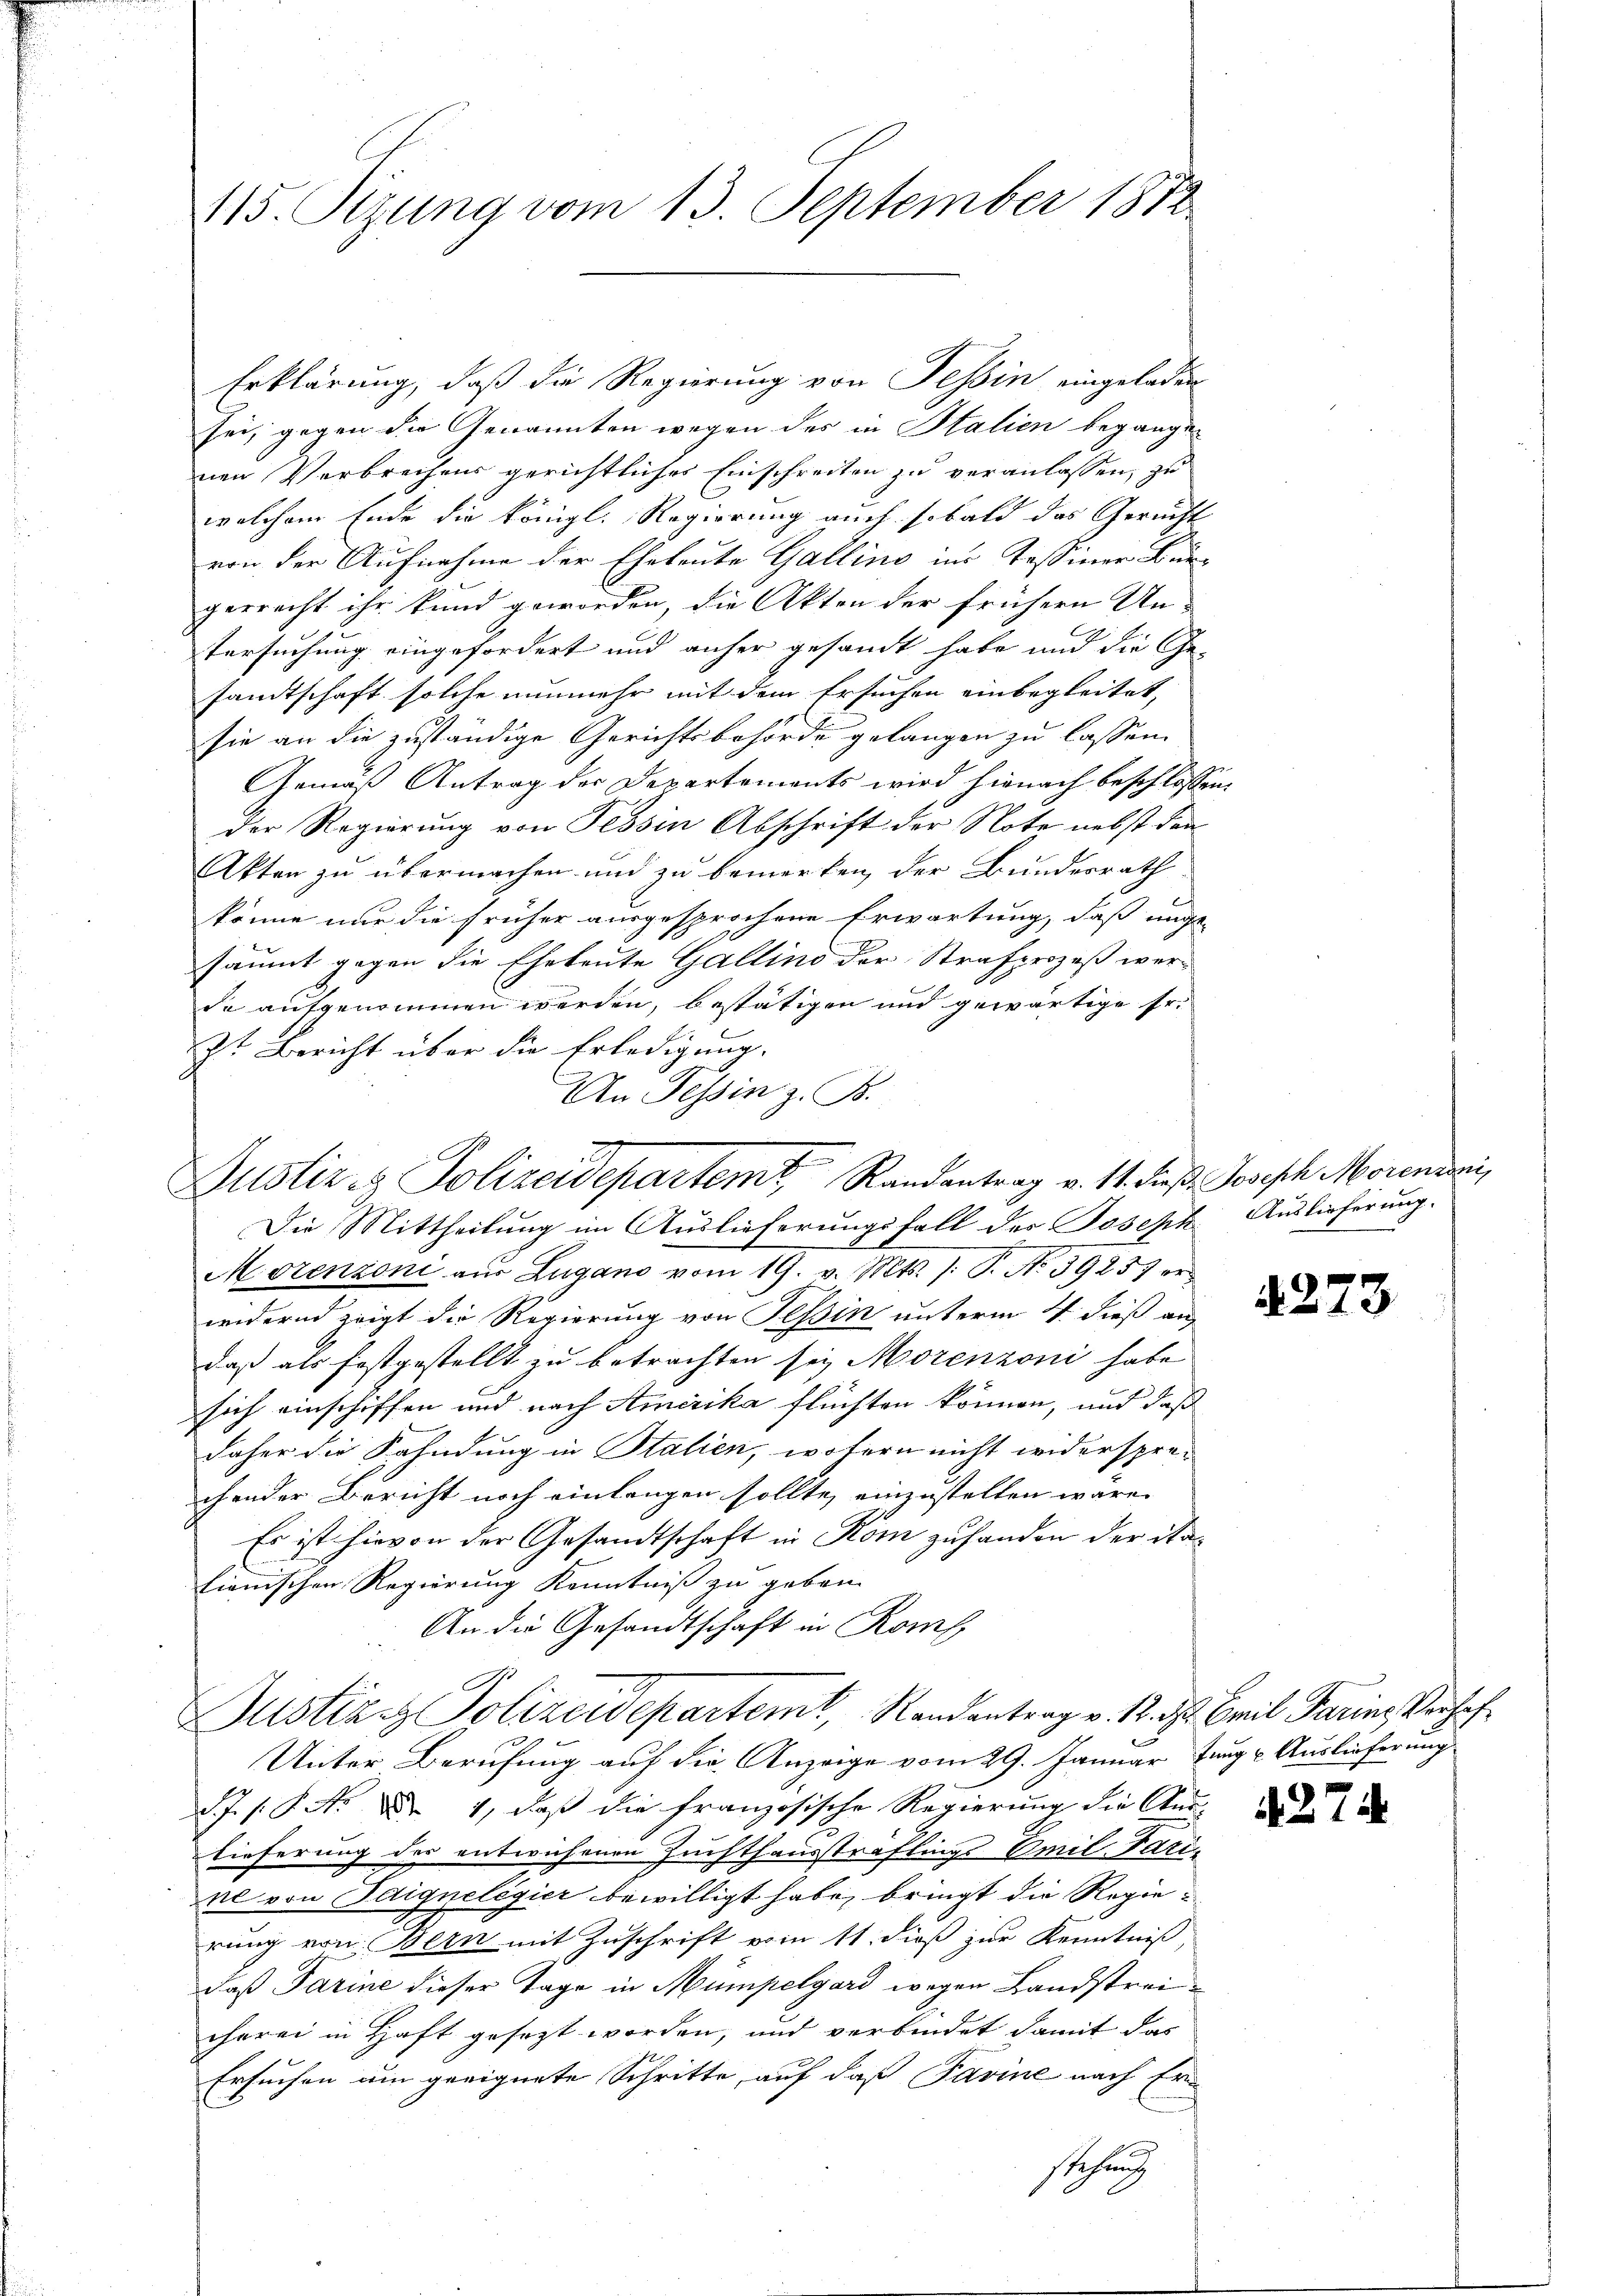
115. Sizung vom 13. September 1872

Erklärung, daß die Regierung von Tessin eingeladen
sei, gegen die Genannten wegen des in Italien begangen
nen Verbrechens gerichtlicher Einschreiten zu veranlassen, zu
welchem Ende die königl. Regierung auch sobald das Gerecht
von der Aufnahme der Eheleute Gallino ins Tessiner Burgerrecht ihr kund geworden, die Akten der frühern Un-
tersuchung eingefordert und anher gesandt habe und die Gesandtschaft solche nunmehr mit dem Ersuchen einbegleitet,
sie an die zuständige Gerichtsbehörde gelangen zu lassen.
Gemäß Antrag der Departements wird hiernach beschlossen,
der Regierung von Tessin Abschrift der Note nebst den
Akten zu übermachen und zu bemerken, der Bundesrath
könne nur die früher ausgesprochene Erwartung, daß nicht
säumt gegen die Eheleute Gallino der Strafprozeß werde aufgenommen werden, bestätigen und gewärtige Fr.
E
Zt Bericht über die Erledigung.
An Tessin z. B.
Die Mittheilung im Auslieferungsfall des Joseph Auslieferung.
Morenzoni aus Zugano vom 19. v. Mts. s. S. No 39257 er
widernd zeigt die Regierung von Tessin unterm 4. dieß an
daß als festgestellt zu betrachten sey Morenzoni habe
sich einschiffen und nach Amerika flüchten können, und daß
daher die Fahndung in Stalien, wofern nicht widersprechender Bericht noch einlangen sollte, einzustellen wäre.
Es ist hievon der Gesandtschaft in Kom zu handen der Stalienischen Regierung Kenntniß zu geben.
An die Gesandtschaft in Konf
Justiz. Polizeidepartemt, Randantrag v. 12. ds. Breil darins Verhaf
Unter Berufung auf die Anzeige vom 29. Januar Jung u. Auslieferung
d.J. P. Nr. Dr 1, daß die französische Regierung die Auss
lieferung der entwichenen Zuchthaussträflings Emil Fari-
el von Idignelegier bewilligt habe, bringt die Regierung von Bern mit Zuschrift vom 11. dieß zur Kenntniß,
daß darine dieser Tage in Mümpelgard wegen Landstreicherei in Haft gesezt worden, und verbindet damit das
Ersuchen um geeignete Schritte, auf daß Pavine nach Er
sehung

Justiz & Polizeidepartemt, Randantrag v. 11. dieß Joseph Moreneri,

4273

274